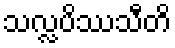
သလ္လပိဿသီတိ